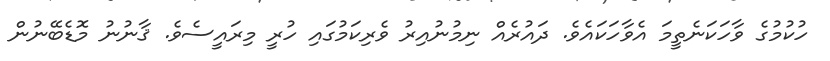
ހުކުމުގެ ވާހަކަނެތީމަ އެވާހަކައެވެ. ދައުރެއް ނިމުނުއިރު ވެރިކަމުގައި ހުރީ މިރައީސެވެ. ޤާނުނު މޮޑެބޭނުން